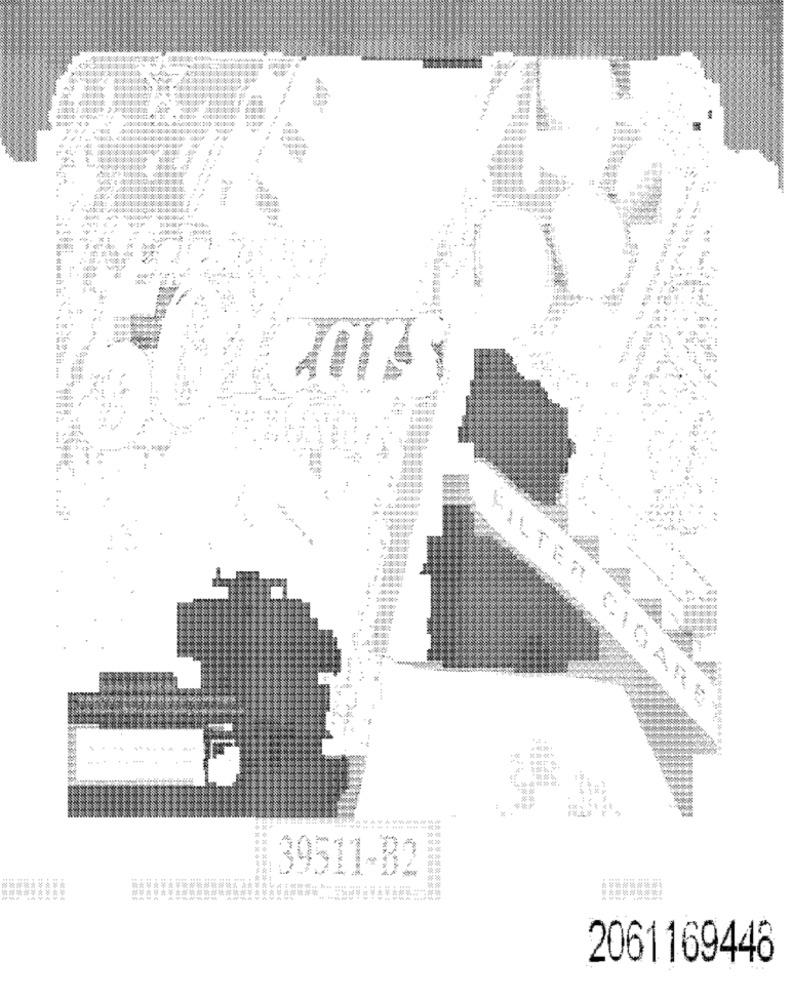
FILTER CIGARE
.........
39511-B2
2061169448